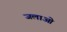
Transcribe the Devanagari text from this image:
जलाओ